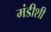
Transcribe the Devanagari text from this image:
मंडीशी